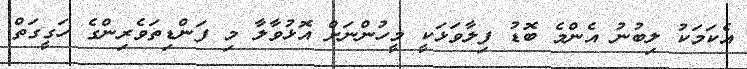
އެކަމަކު ލިބުނު އެންމެ ބޮޑު ފިލާވަޅަކީ މީހުންނަށް އޮޅުވާލާ މި ފަންޑިތަވެރިންގެ ހަގީގަތް